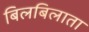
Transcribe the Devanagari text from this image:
बिलबिलाता